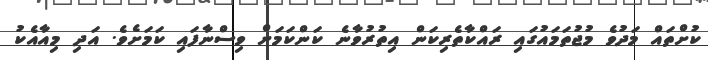
ކުށްތައް މަދުވެ މުޖުތަމައުގައި ރައްކާތެރިކަން އިތުރުވާނެ ކަންކަމަށް ވިސްނާފައި ކަމަށެވެ. އަދި މިއާއެކު